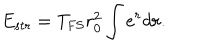
E _ { \mathrm { s t r } } = T _ { \mathrm { F S } } r _ { 0 } ^ { 2 } \int e ^ { r } d r .